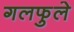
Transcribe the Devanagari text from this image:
गलफुले